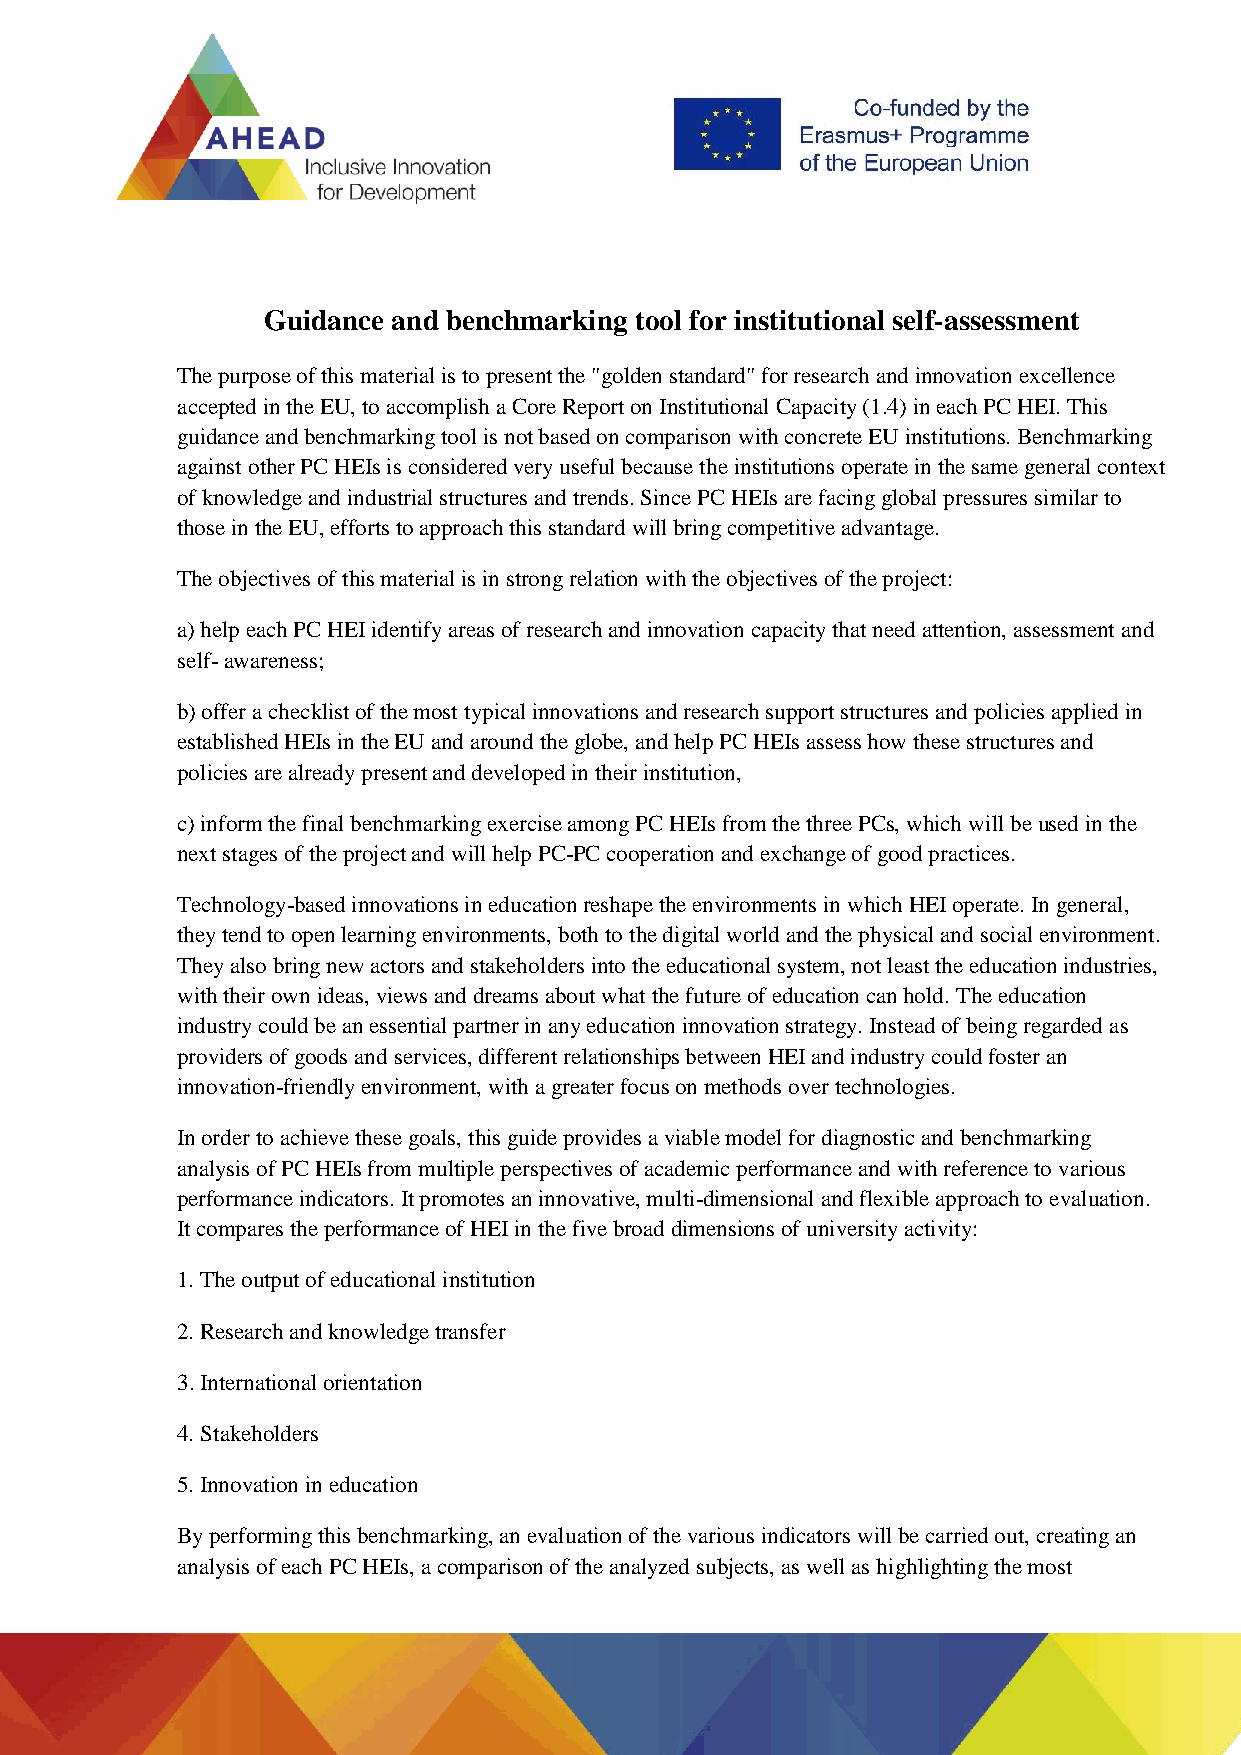
Guidance and benchmarking tool for institutional self-assessment
 The purpose of this material is to present the "golden standard" for research and innovation excellence
 accepted in the EU, to accomplish a Core Report on Institutional Capacity (1.4) in each PC HEI. This
 guidance and benchmarking tool is not based on comparison with concrete EU institutions. Benchmarking
 against other PC HEIs is considered very useful because the institutions operate in the same general context
 of knowledge and industrial structures and trends. Since PC HEIs are facing global pressures similar to
 those in the EU, efforts to approach this standard will bring competitive advantage.
 The objectives of this material is in strong relation with the objectives of the project:
 a) help each PC HEI identify areas of research and innovation capacity that need attention, assessment and
 self- awareness;
 b) offer a checklist of the most typical innovations and research support structures and policies applied in
 established HEIs in the EU and around the globe, and help PC HEIs assess how these structures and
 policies are already present and developed in their institution,
 c) inform the final benchmarking exercise among PC HEIs from the three PCs, which will be used in the
 next stages of the project and will help PC-PC cooperation and exchange of good practices.
 Technology-based innovations in education reshape the environments in which HEI operate. In general,
 they tend to open learning environments, both to the digital world and the physical and social environment.
 They also bring new actors and stakeholders into the educational system, not least the education industries,
 with their own ideas, views and dreams about what the future of education can hold. The education
 industry could be an essential partner in any education innovation strategy. Instead of being regarded as
 providers of goods and services, different relationships between HEI and industry could foster an
 innovation-friendly environment, with a greater focus on methods over technologies.
 In order to achieve these goals, this guide provides a viable model for diagnostic and benchmarking
 analysis of PC HEIs from multiple perspectives of academic performance and with reference to various
 performance indicators. It promotes an innovative, multi-dimensional and flexible approach to evaluation.
 It compares the performance of HEI in the five broad dimensions of university activity:
 1. The output of educational institution
 2. Research and knowledge transfer
 3. International orientation
 4. Stakeholders
 5. Innovation in education
 By performing this benchmarking, an evaluation of the various indicators will be carried out, creating an
 analysis of each PC HEIs, a comparison of the analyzed subjects, as well as highlighting the most